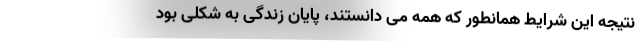
نتیجه این شرایط همانطور که همه می دانستند، پایان زندگی به شکلی بود